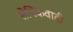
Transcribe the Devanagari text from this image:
सैनिकवादी